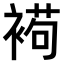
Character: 𧛩